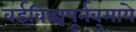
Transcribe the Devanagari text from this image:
वईविद्ध्यपूर्नवुमाये